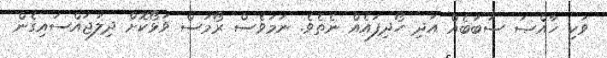
ވަކި ޚާއްޞަ ސަބަބެއް އަދި ހޯދިފައެއް ނެތެވެ. ނަމަވެސް ރޯމަސް ވަޅޯކޮށް ދިލަޖައްސައިގެން